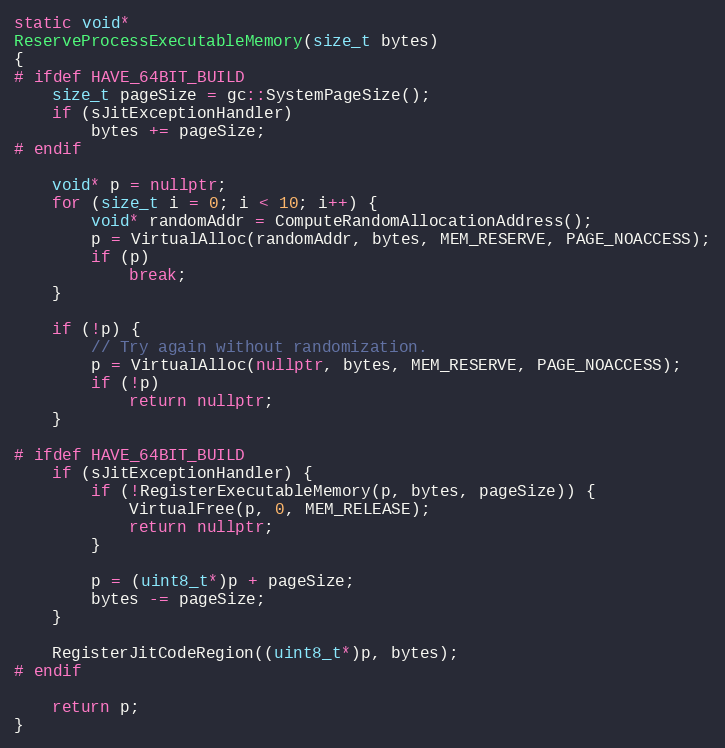
Language: C++
static void*
ReserveProcessExecutableMemory(size_t bytes)
{
# ifdef HAVE_64BIT_BUILD
    size_t pageSize = gc::SystemPageSize();
    if (sJitExceptionHandler)
        bytes += pageSize;
# endif

    void* p = nullptr;
    for (size_t i = 0; i < 10; i++) {
        void* randomAddr = ComputeRandomAllocationAddress();
        p = VirtualAlloc(randomAddr, bytes, MEM_RESERVE, PAGE_NOACCESS);
        if (p)
            break;
    }

    if (!p) {
        // Try again without randomization.
        p = VirtualAlloc(nullptr, bytes, MEM_RESERVE, PAGE_NOACCESS);
        if (!p)
            return nullptr;
    }

# ifdef HAVE_64BIT_BUILD
    if (sJitExceptionHandler) {
        if (!RegisterExecutableMemory(p, bytes, pageSize)) {
            VirtualFree(p, 0, MEM_RELEASE);
            return nullptr;
        }

        p = (uint8_t*)p + pageSize;
        bytes -= pageSize;
    }

    RegisterJitCodeRegion((uint8_t*)p, bytes);
# endif

    return p;
}